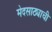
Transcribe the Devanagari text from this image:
मेदसाठ्याची